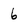
Character: 6